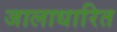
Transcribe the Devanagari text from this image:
जालाधारित